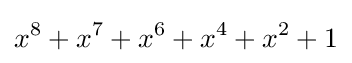
x^{8}+x^{7}+x^{6}+x^{4}+x^{2}+1